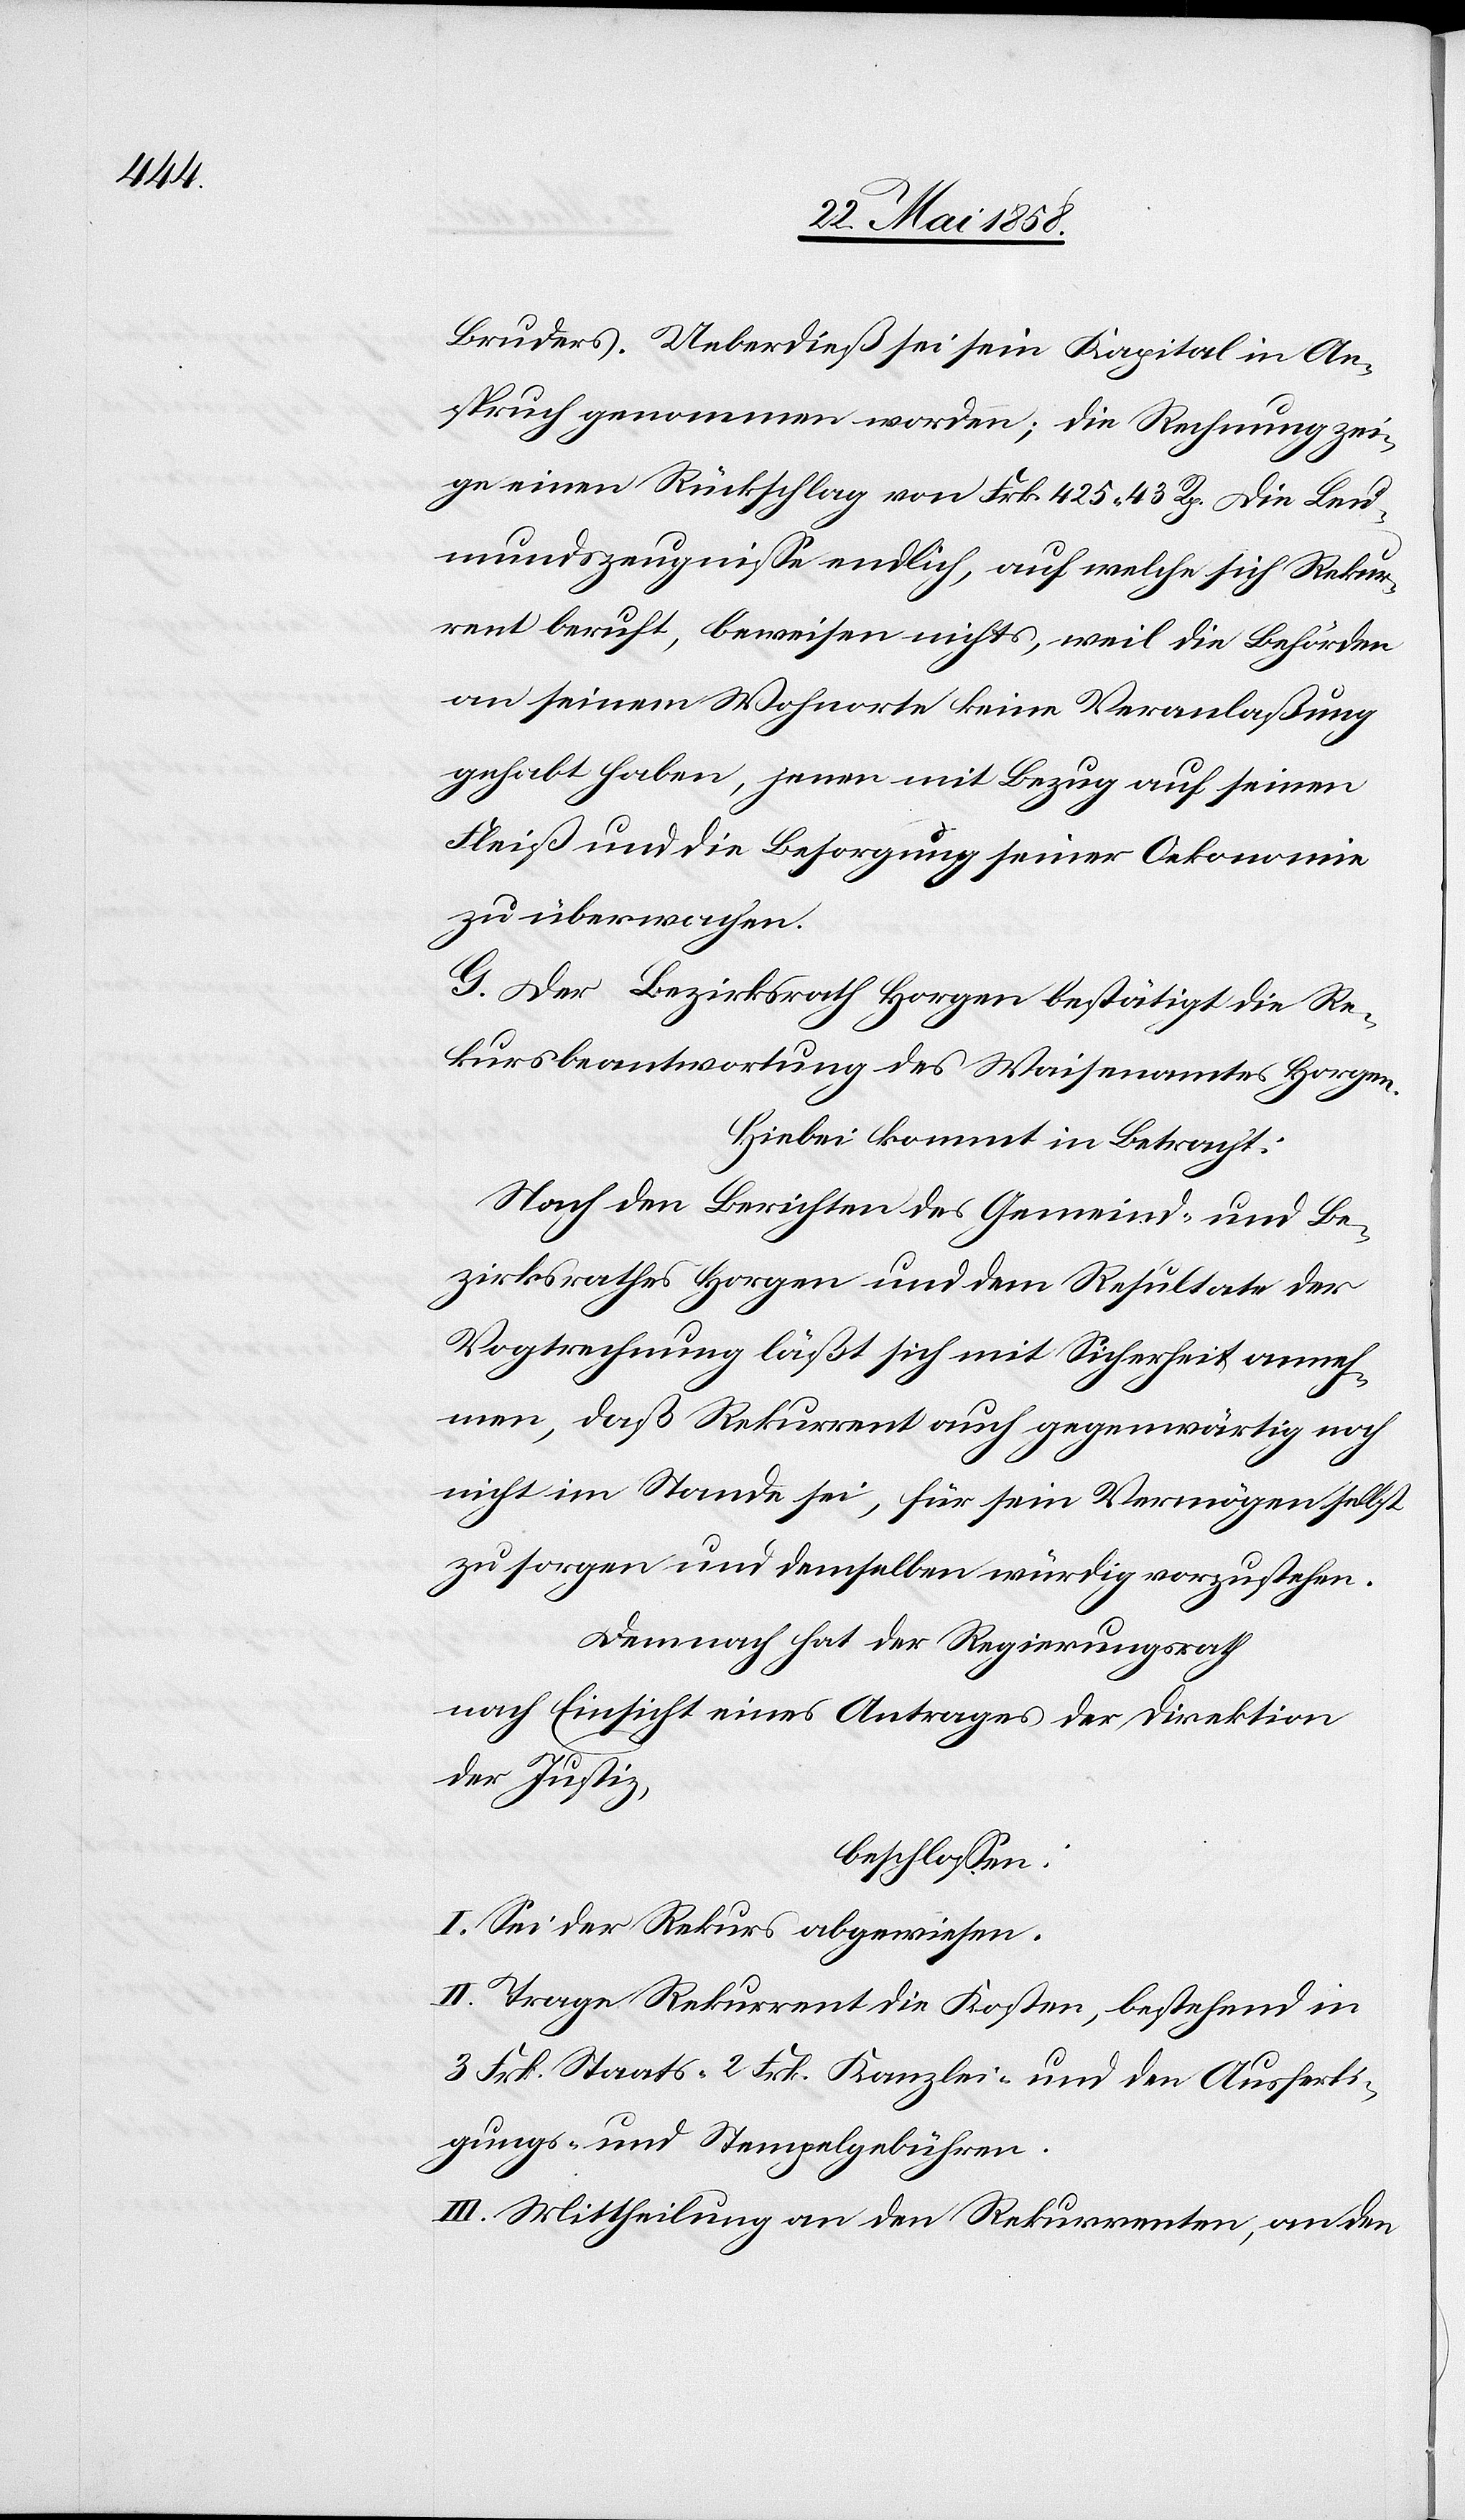
Bruders. Ueberdieß sei sein Kapital in An¬
spruch genommen worden; die Rechnung zei¬
ge einen Rückschlag von Frk. 425 43 Rp. Die Leu¬
mundszeugnisse endlich, auf welche sich Rekur¬
rent beruft, beweisen nichts, weil die Behörden
an seinem Wohnorte keine Veranlaßung
gehabt haben, jenen mit Bezug auf seinen
Fleiß und die Besorgung seiner Oekonomie
zu übermachen.
G. Der Bezirksrath Horgen bestätigt die Re¬
kursbeantwortung des Waisenamtes Horgen.
Hiebei kommt in Betracht:
Nach den Berichten des Gemeind- und Be¬
zirksrathes Horgen und dem Resultate der
Vogtrechnung läßt sich mit Sicherheit anneh¬
men, daß Rekurrent auch gegenwärtig noch
nicht im Stande sei, für sein Vermögen selbst
zu sorgen und demselben würdig vorzulegen.
Demnach hat der Regierungsrath
nach Einsicht eines Antrages der Direktion
der Justiz,
beschlossen:
I. Sei der Rekurs abgewiesen.
II. Trage Rekurrent die Kosten, bestehend in
3 Frk. Staats-[,] 2 Frk. Kanzlei- und den Ausferti¬
gungs- und Stempelgebühren.
III. Mittheilung an den Rekurrenten, an den